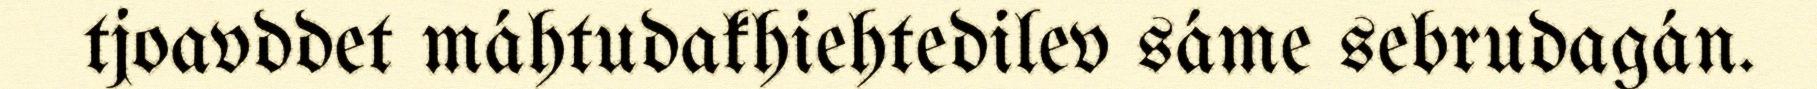
tjoavddet máhtudakhiehtedilev sáme sebrudagán.